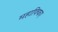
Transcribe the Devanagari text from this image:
महाफ्फिए